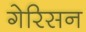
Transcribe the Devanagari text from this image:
गेरिसन